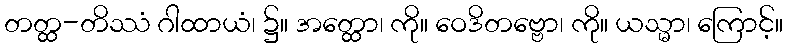
တတ္ထ-တိဿံ ဂါထာယံ၊ ၌။ အတ္ထော၊ ကို။ ဝေဒိတဗ္ဗော၊ ကို။ ယသ္မာ၊ ကြောင့်။